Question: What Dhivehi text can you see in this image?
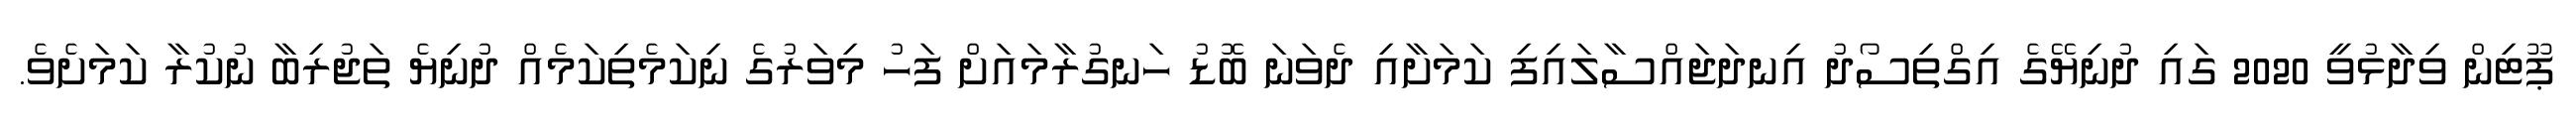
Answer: ޕޫޓިން ވިދާޅުވީ 2020 ގައި ދުނިޔޭގެ އިގްތިސޯދު އިނދަޖައްސާލައިފި ކަމަށާއި ދެވަނަ ބޮޑު ހަނގުރާމައަށް ފަހު މިވަރުގެ ނިކަމެތިކަމެއް ދުނިޔެ ތަޖުރިބާ ނުކުރާ ކަމަށެވެ.